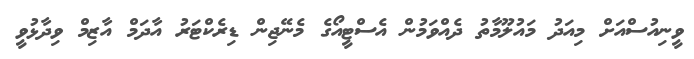
ވީނިއުސްއަށް މިއަދު މައުލޫމާތު ދެއްވަމުން އެސްޓީއޯގެ މެނޭޖިން ޑިރެކްޓަރު އާދަމް އާޒިމް ވިދާޅުވީ